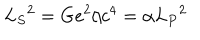
LaTeX: L _ { S } { } ^ { 2 } = G e ^ { 2 } / c ^ { 4 } = \alpha L _ { P } { } ^ { 2 }